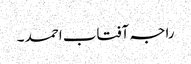
راجہ آفتاب احمد ۔